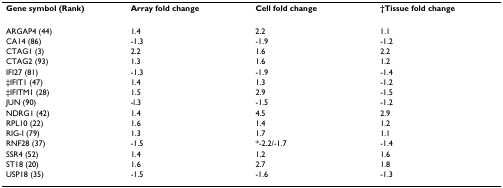
<table><thead><tr><td><b>Gene symbol (Rank)</b></td><td><b>Array fold change</b></td><td><b>Cell fold change</b></td><td><b>†Tissue fold change</b></td></tr></thead><tbody><tr><td>ARGAP4 (44)</td><td>1.4</td><td>2.2</td><td>1.1</td></tr><tr><td>CA14 (86)</td><td>-1.3</td><td>-1.9</td><td>-1.2</td></tr><tr><td>CTAG1 (3)</td><td>2.2</td><td>1.6</td><td>2.2</td></tr><tr><td>CTAG2 (93)</td><td>1.3</td><td>1.6</td><td>1.2</td></tr><tr><td>IFI27 (81)</td><td>-1.3</td><td>-1.9</td><td>-1.4</td></tr><tr><td>‡IFIT1 (47)</td><td>1.4</td><td>1.3</td><td>-1.2</td></tr><tr><td>‡IFITM1 (28)</td><td>1.5</td><td>2.9</td><td>-1.5</td></tr><tr><td>JUN (90)</td><td>-l.3</td><td>-1.5</td><td>-1.2</td></tr><tr><td>NDRG1 (42)</td><td>1.4</td><td>4.5</td><td>2.9</td></tr><tr><td>RPL10 (22)</td><td>1.6</td><td>1.4</td><td>1.2</td></tr><tr><td>RIG-I (79)</td><td>1.3</td><td>1.7</td><td>1.1</td></tr><tr><td>RNF28 (37)</td><td>-1.5</td><td>*-2.2/-1.7</td><td>-1.4</td></tr><tr><td>SSR4 (52)</td><td>1.4</td><td>1.2</td><td>1.6</td></tr><tr><td>ST18 (20)</td><td>1.6</td><td>2.7</td><td>1.8</td></tr><tr><td>USP18 (35)</td><td>-1.5</td><td>-1.6</td><td>-1.3</td></tr></tbody></table>